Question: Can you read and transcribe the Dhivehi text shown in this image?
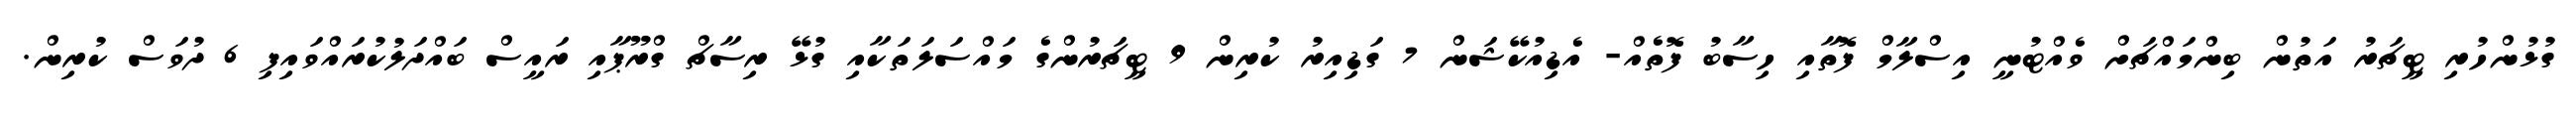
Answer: ގުޅުންހުރި ޓީޗަރު އަތުން ބިންމައްޗަށް ވެއްޓުނީ އިސްލާމް ފޮތާއި ހިސާބު ފޮތެއް- އެޑިއުކޭޝަން 7 ގަޑިއިރު ކުރިން 9 ޓީޗަރުންގެ މައްސަލަތަކާއި ގުޅޭ ރިސާޗް ގްރޫޕާއި ރައީސް ބައްދަލުކުރައްވައިފި 6 ދުވަސް ކުރިން.